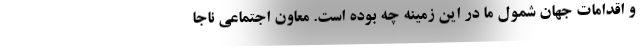
و اقدامات جهان شمول ما در این زمینه چه بوده است. معاون اجتماعی ناجا